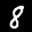
Label: 8